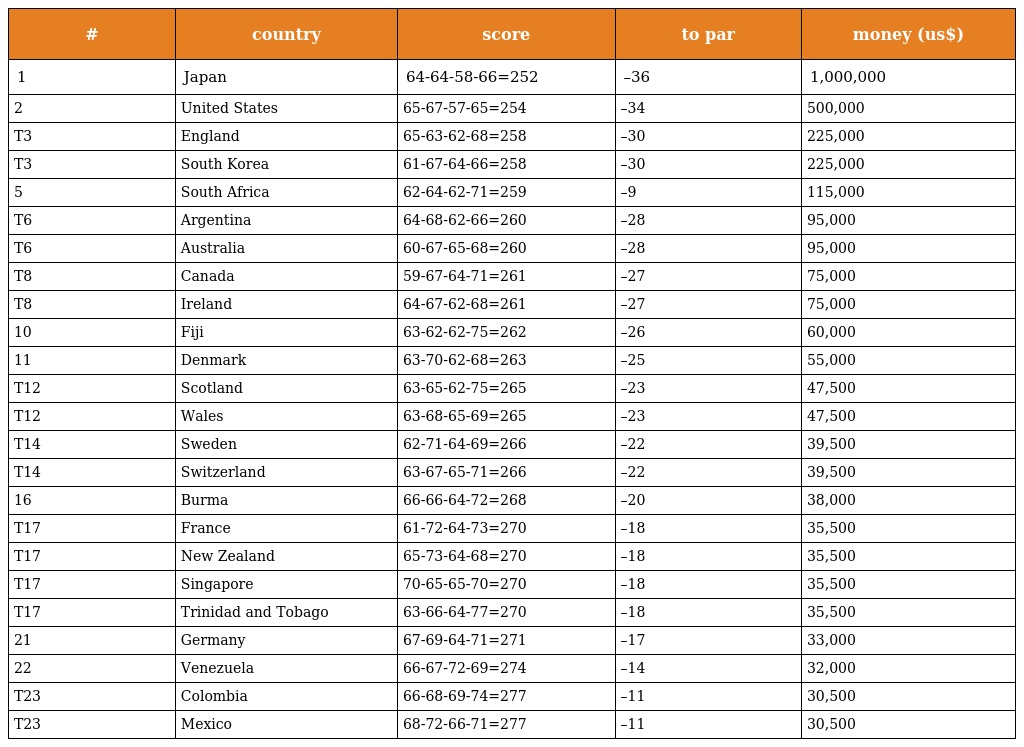
| # | country | score | to par | money (us$) |
 | --- | --- | --- | --- | --- |
 | 1 | Japan | 64-64-58-66=252 | –36 | 1,000,000 |
 | 2 | United States | 65-67-57-65=254 | –34 | 500,000 |
 | T3 | England | 65-63-62-68=258 | –30 | 225,000 |
 | T3 | South Korea | 61-67-64-66=258 | –30 | 225,000 |
 | 5 | South Africa | 62-64-62-71=259 | –9 | 115,000 |
 | T6 | Argentina | 64-68-62-66=260 | –28 | 95,000 |
 | T6 | Australia | 60-67-65-68=260 | –28 | 95,000 |
 | T8 | Canada | 59-67-64-71=261 | –27 | 75,000 |
 | T8 | Ireland | 64-67-62-68=261 | –27 | 75,000 |
 | 10 | Fiji | 63-62-62-75=262 | –26 | 60,000 |
 | 11 | Denmark | 63-70-62-68=263 | –25 | 55,000 |
 | T12 | Scotland | 63-65-62-75=265 | –23 | 47,500 |
 | T12 | Wales | 63-68-65-69=265 | –23 | 47,500 |
 | T14 | Sweden | 62-71-64-69=266 | –22 | 39,500 |
 | T14 | Switzerland | 63-67-65-71=266 | –22 | 39,500 |
 | 16 | Burma | 66-66-64-72=268 | –20 | 38,000 |
 | T17 | France | 61-72-64-73=270 | –18 | 35,500 |
 | T17 | New Zealand | 65-73-64-68=270 | –18 | 35,500 |
 | T17 | Singapore | 70-65-65-70=270 | –18 | 35,500 |
 | T17 | Trinidad and Tobago | 63-66-64-77=270 | –18 | 35,500 |
 | 21 | Germany | 67-69-64-71=271 | –17 | 33,000 |
 | 22 | Venezuela | 66-67-72-69=274 | –14 | 32,000 |
 | T23 | Colombia | 66-68-69-74=277 | –11 | 30,500 |
 | T23 | Mexico | 68-72-66-71=277 | –11 | 30,500 |